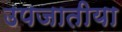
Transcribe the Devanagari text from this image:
उपजातीया